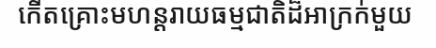
កើតគ្រោះមហន្តរាយធម្មជាតិដ៏អាក្រក់មួយ